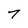
Character: 7